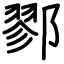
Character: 鄝